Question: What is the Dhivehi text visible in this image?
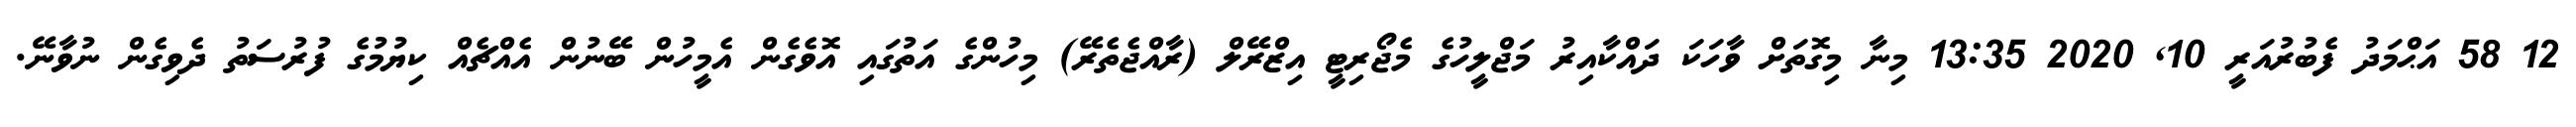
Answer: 12 58 އަޙްމަދު ފެބުރުއަރީ 10, 2020 13:35 މިނާ މިގޮތަށް ވާހަކަ ދައްކާއިރު މަޖްލީހުގެ މެޖޯރިޓީ އިޒްރޭލް (ރާއްޖެތެރޭ) މިހުންގެ އަތުގައި އޮވެގެން އެމީހުން ބޭނުން އެއްޗެއް ކިޔުމުގެ ފުރުސަތު ދެވިގެން ނުވާނޭ.